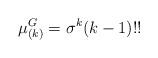
LaTeX: \begin{align*}\mu_{(k)}^{G}=\sigma^{k}(k-1)!! \end{align*}